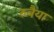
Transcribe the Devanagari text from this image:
रुबैया